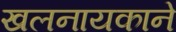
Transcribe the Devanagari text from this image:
खलनायकाने